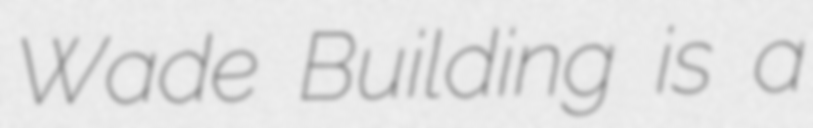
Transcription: Wade Building is a